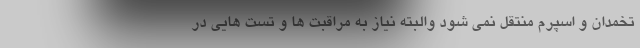
تخمدان و اسپرم منتقل نمی شود والبته نیاز به مراقبت ها و تست هایی در